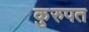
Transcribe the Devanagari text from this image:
कुरुपत